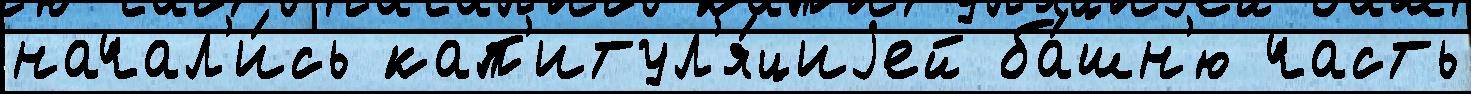
начал'и́сь кап'итул'я́циjей ба́шн'ю часть